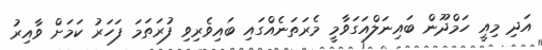
އަދި މިއީ ހަމްދޫން ބައިނަލްއަގަވާމީ މެރަތަނެއްގައި ބައިވެރިވި ފުރަތަމަ ފަހަރު ކަމަށް ވާއިރު